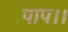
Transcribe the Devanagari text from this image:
पाप।।